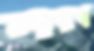
লারব